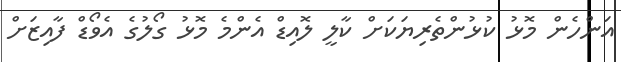
އަންހެން މޮޅު ކުޅުންތެރިޔަކަށް ކާލީ ލޮއިޑް އެންމެ މޮޅު ގޯލުގެ އެވޯޑް ފާއިޒަށް